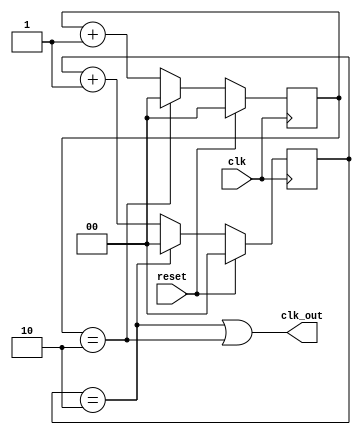
module clk_div3(clk,reset, clk_out);
 
input clk;
input reset;
output clk_out;
 
reg [1:0] pos_count, neg_count;
wire [1:0] r_nxt;
 
always @(posedge clk)
if (reset)
pos_count <=0;
else if (pos_count ==2) pos_count <= 0;
else pos_count<= pos_count +1;
 
always @(negedge clk)
if (reset)
neg_count <=0;
else  if (neg_count ==2) neg_count <= 0;
else neg_count<= neg_count +1;
 
assign clk_out = ((pos_count == 2) | (neg_count == 2));
endmodule